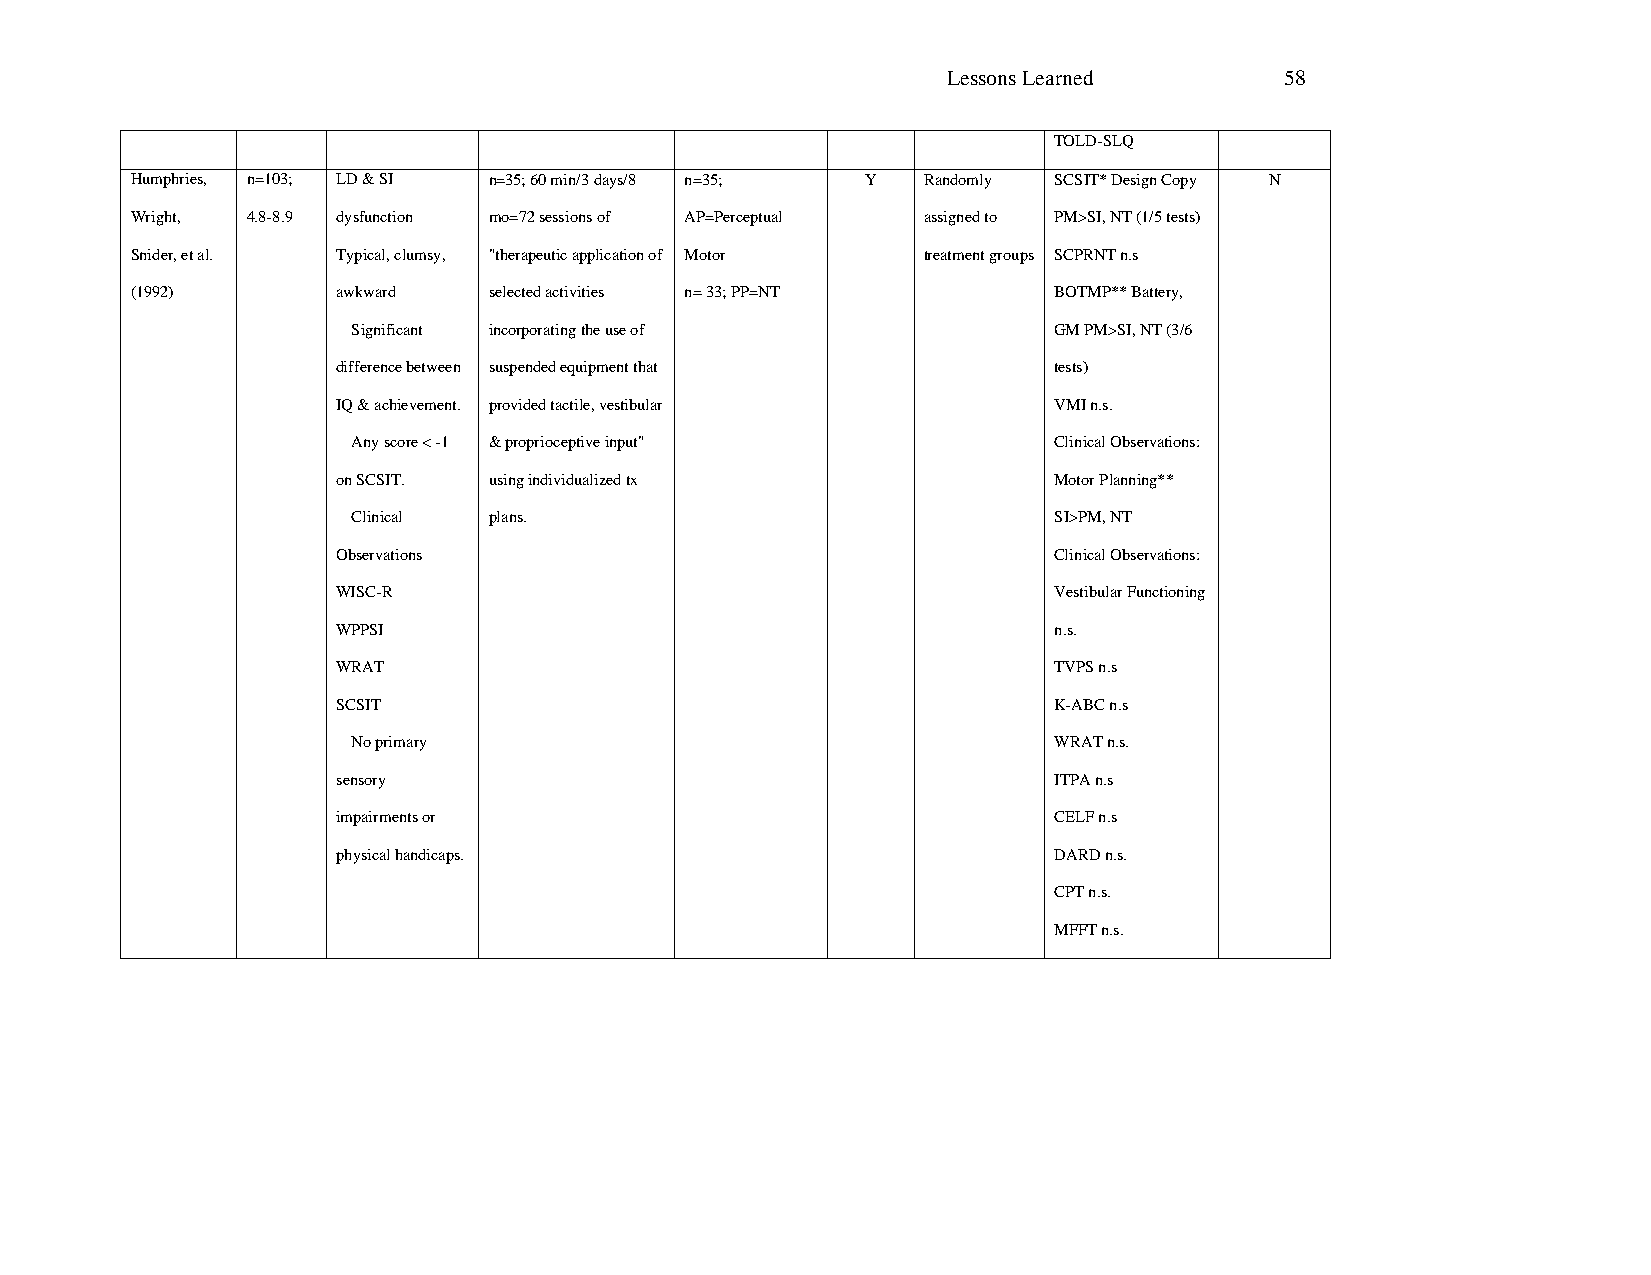
Lessons Learned       58
 TOLD-SLQ
 Humphries, n=103; LD & SI n=35; 60 min/3 days/8 n=35; Y Randomly SCSIT* Design Copy N
 Wright, 4.8-8.9 dysfunction mo=72 sessions of AP=Perceptual assigned to PM>SI, NT (1/5 tests)
 Snider, et al. Typical, clumsy, "therapeutic application of Motor treatment groups SCPRNT n.s
 (1992)       awkward   selected activities n= 33; PP=NT      BOTMP** Battery,
 Significant incorporating the use of           GM PM>SI, NT (3/6
 difference between suspended equipment that     tests)
 IQ & achievement. provided tactile, vestibular  VMI n.s.
 Any score < -1 & proprioceptive input"         Clinical Observations:
 on SCSIT. using individualized tx               Motor Planning**
 Clinical plans.                                SI>PM, NT
 Observations                                    Clinical Observations:
 WISC-R                                          Vestibular Functioning
 WPPSI                                           n.s.
 WRAT                                            TVPS n.s
 SCSIT                                           K-ABC n.s
 No primary                                     WRAT n.s.
 sensory                                         ITPA n.s
 impairments or                                  CELF n.s
 physical handicaps.                             DARD n.s.
 CPT n.s.
 MFFT n.s.